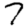
Digit: 7